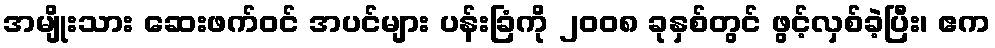
အမျိုးသား ဆေးဖက်ဝင် အပင်များ ပန်းခြံကို ၂၀၀၈ ခုနှစ်တွင် ဖွင့်လှစ်ခဲ့ပြီး၊ ဧက